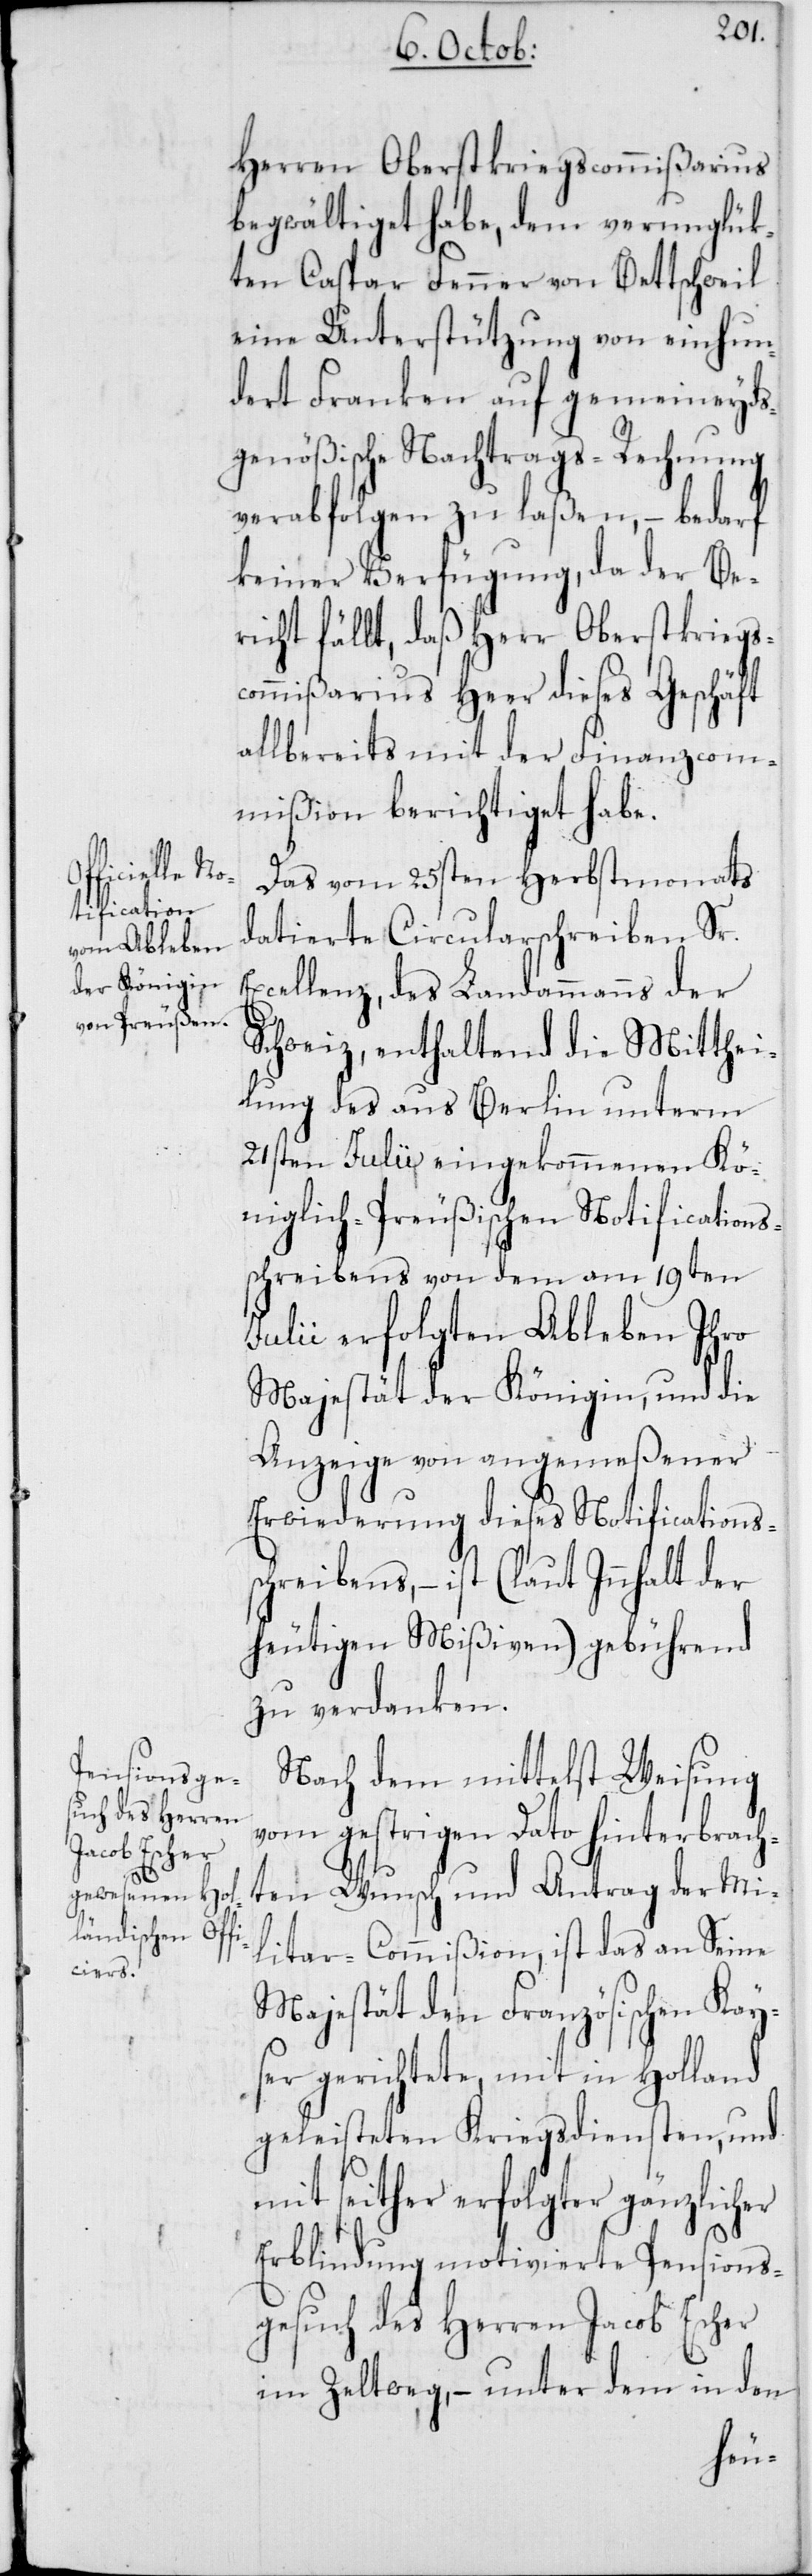
E¬
Herren Oberstkriegscommißarius
begwältiget habe, dem verunglük¬
ten Caspar Fenner von Bettschweil
eine Unterstützung von einhun¬
dert Franken auf gemeineyds¬
genößische Nachtrags-Rechnung
verabfolgen zu laßen, – bedarf
keiner Verfügung, da der Be¬
richt fällt, daß Herr Oberstkriegs¬
commißarius Heer dieses Geschäft
allbereits mit der Finanzcom¬
mißion berichtiget habe.
Das vom 25sten Herbstmonats
datierte Circularschreiben Sr.
xcellenz, des Landammanns der
Schweiz, enthaltend die Mitthei¬
lung des aus Berlin unterm
21sten Julii eingekommenen Kö¬
niglich-Preußischen Notifications¬
schreibens von dem am 19ten
Julii erfolgten Ableben Ihro
Majestät der Königin, und die
Anzeige von angemeßener
Erwiederung dieses Notifications¬
schreibens, – ist (laut Innhalt der
heutigen Mißiven) gebührend
zu verdanken.
Nach dem mittelst Weisung
vom gestrigen Dato hinterbrach¬
ten Wunsch und Antrag der Mi¬
litar-Commißion, ist das an Seine
Majestät den Französischen Kay¬
ser gerichtete, mit in Holland
geleisteten Kriegsdiensten, und
mit seither erfolgter gänzlicher
Erblindung motivierte Pensions¬
gesuch des Herren Jacob Escher
im Zeltweg, – unter dem in den